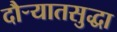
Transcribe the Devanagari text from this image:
दौर्‍यातसुद्धा